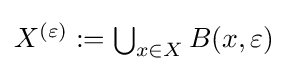
{\textstyle X^{(\varepsilon )}:=\bigcup _{x\in X}B(x,\varepsilon )}